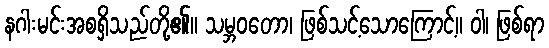
နဂါးမင်းအစရှိသည်တို့၏။ သမ္ဘဝတော၊ ဖြစ်သင့်သောကြောင့်။ ဝါ၊ ဖြစ်ရာ